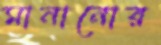
মানানোর